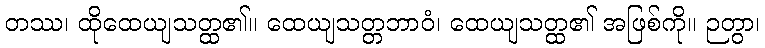
တဿ၊ ထိုထေယျသတ္ထ၏။ ထေယျသတ္တဘာဝံ၊ ထေယျသတ္ထ၏ အဖြစ်ကို။ ဉတွာ၊